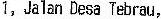
1, JALAN DESA TEBRAU,